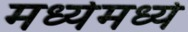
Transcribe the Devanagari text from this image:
मध्येमध्ये